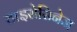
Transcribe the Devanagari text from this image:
टाइरोसिनेज